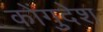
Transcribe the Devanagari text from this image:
कोंगुदेश